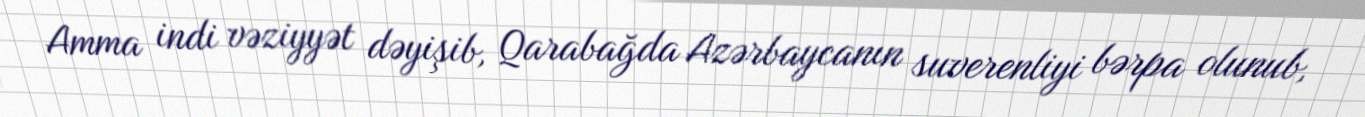
Amma indi vəziyyət dəyişib, Qarabağda Azərbaycanın suverenliyi bərpa olunub,